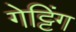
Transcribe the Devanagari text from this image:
गेट्टिंग